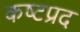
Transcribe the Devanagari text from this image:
कष्‍टप्रद